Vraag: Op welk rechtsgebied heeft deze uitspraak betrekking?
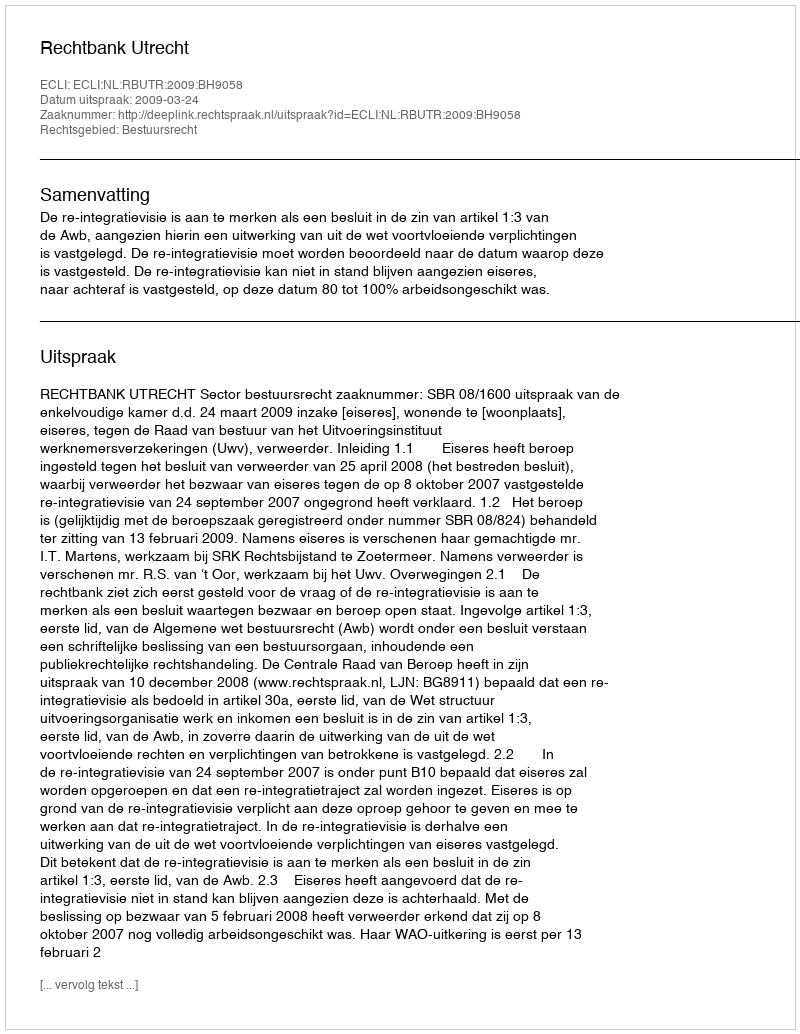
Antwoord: Bestuursrecht